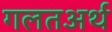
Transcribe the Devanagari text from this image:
गलतअर्थ